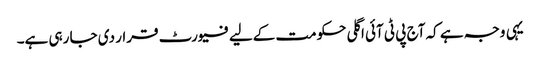
یہی وجہ ہے کہ آج پی ٹی آئی اگلی حکومت کےلیے فیورٹ قرار دی جا رہی ہے۔